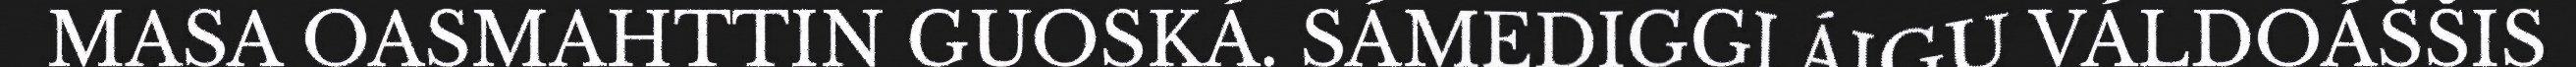
MASA OASMAHTTIN GUOSKÁ. SÁMEDIGGI ÁIGU VÁLDOÁŠŠIS